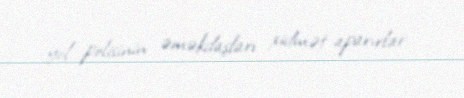
yol polisinin əməkdaşları xidmət aparırlar.